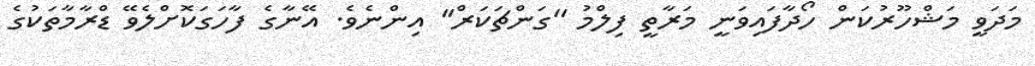
މަދަވީ މަޝްހޫރުކަން ހޯދާފައިވަނީ މަރާތީ ފިލްމު ''ގަންޗަކަރް'' އިންނެވެ. އޭނާގެ ފާހަގަކޮށްލެވޭ ޑްރާމާތަކުގެ